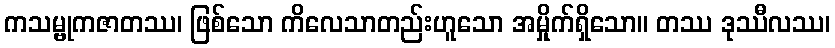
ကသမ္ဗုကဇာတဿ၊ ဖြစ်သော ကိလေသာတည်းဟူသော အမှိုက်ရှိသော။ တဿ ဒုဿီလဿ၊